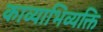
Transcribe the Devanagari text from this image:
काव्याभिव्यक्ति